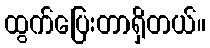
ထွက်ပြေးတာရှိတယ်။